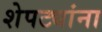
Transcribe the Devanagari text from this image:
शेपट्यांना